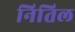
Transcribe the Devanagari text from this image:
नितिल